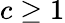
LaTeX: c\geq 1